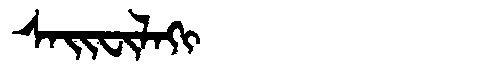
Manchu: ᠰᠠᡳᠸᡳᠯᠠᡴᡳ
Romanization: SAIFILAKI